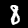
Label: 8